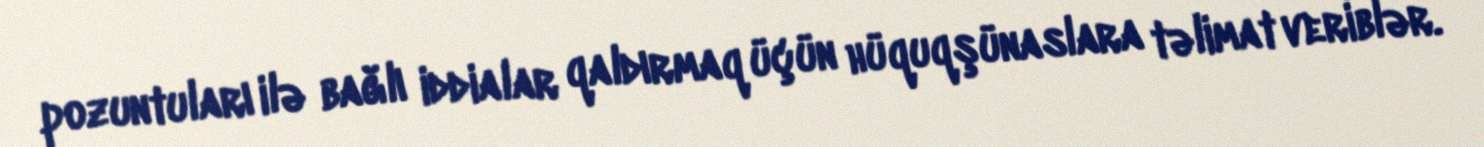
pozuntuları ilə bağlı iddialar qaldırmaq üçün hüquqşünaslara təlimat veriblər.